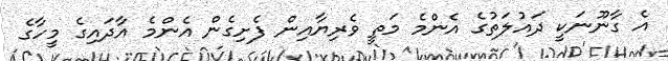
އެ ގާނޫނަކީ ދައުލަތުގެ އެންމެ މަތީ ވެރިޔާއިން ފެށިގެން އެންމެ އާދައިގެ މީހާގެ